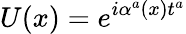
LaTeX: U(x)=e^{i\alpha^{a}(x)t^{a}}